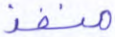
منفذ